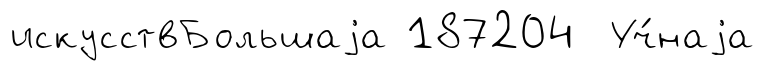
искусствБольшаjа 187204 Уч́наjа